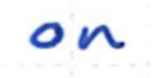
Text: on
Cross-out: clean
Writing tool: ballpoint